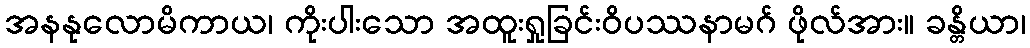
အနနုလောမိကာယ၊ ကိုးပါးသော အထူးရှုခြင်းဝိပဿနာမဂ် ဖိုလ်အား။ ခန္တိယာ၊